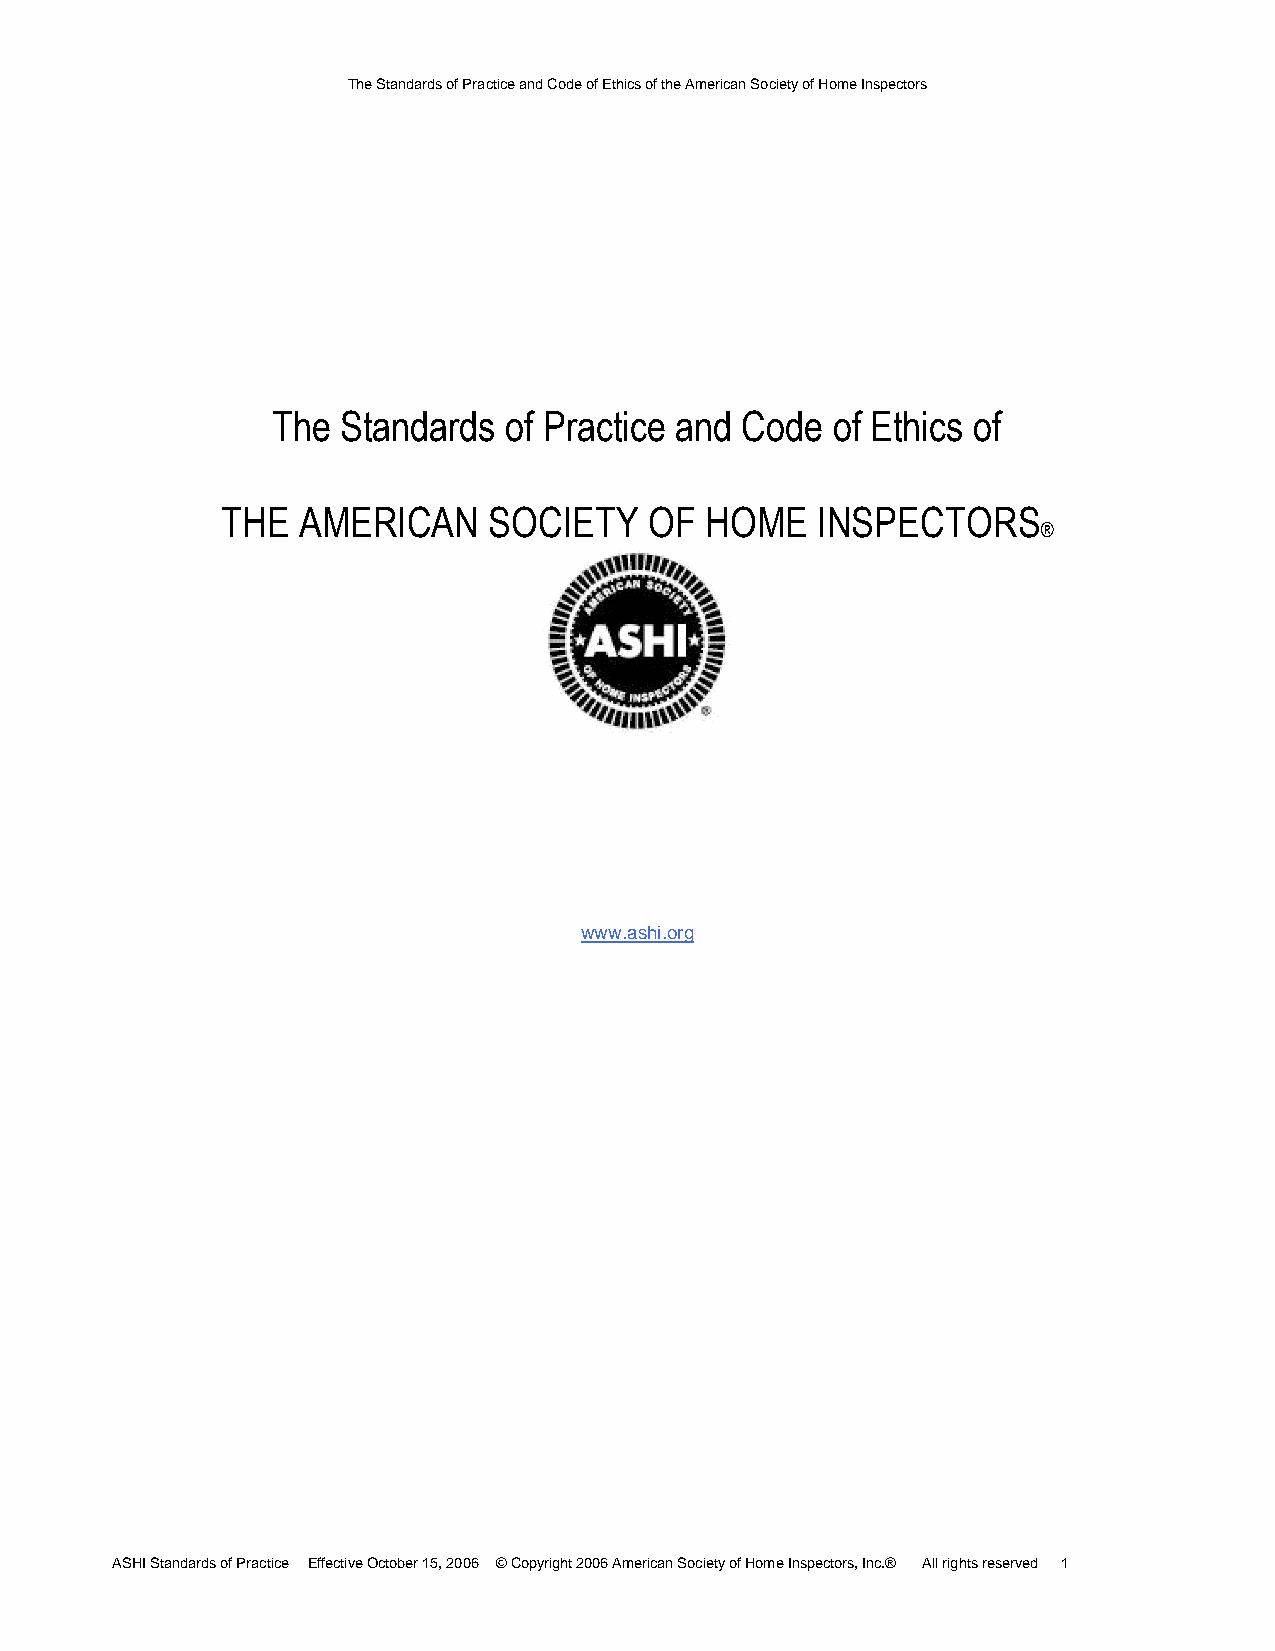
The Standards of Practice and Code of Ethics of the American Society of Home Inspectors
 The  Standards of Practice and Code  of Ethics of
 THE  AMERICAN    SOCIETY    OF  HOME   INSPECTORS
 ®
 www.ashi.org
 ASHI Standards of Practice Effective October 15, 2006 © Copyright 2006 American Society of Home Inspectors, Inc.® All rights reserved 1